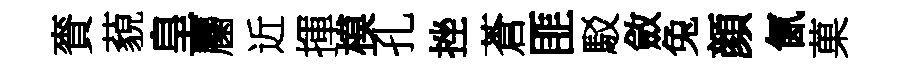
賚藐皇麕近揮模孔挫蒼匪駁斂兔顔氤菓